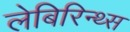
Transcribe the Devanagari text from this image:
लेबिरिन्थ्स